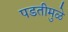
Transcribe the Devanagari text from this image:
पडतीमुळे